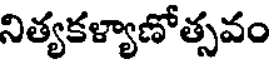
నిత్యకళ్యాణోత్సవం